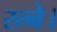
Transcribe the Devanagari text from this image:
रत्ने।